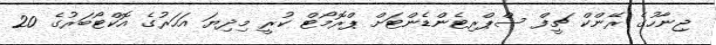
ޖިނާހުގެ ރޭންކް ޗީފް ސްޕްރިޓެންޑެންޓަށް ޕްރޮމޯޓް ކުރީ މިދިޔަ އަހަރުގެ އޮކްޓޯބަރުގެ 20